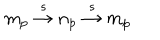
m _ { p } \stackrel { s } { \rightarrow } n _ { p } \stackrel { s } { \rightarrow } m _ { p }